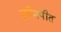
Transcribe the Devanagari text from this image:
क्रीमपीत